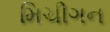
મિચીગન